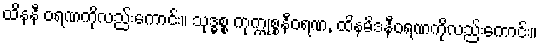
ထိနနီ ဝရဏကိုလည်းကောင်း။ သုဒ္ဓစ္စ ကုက္ကုစ္စနီဝရဏ, ထိနမိဒနီဝရဏကိုလည်းကောင်း။